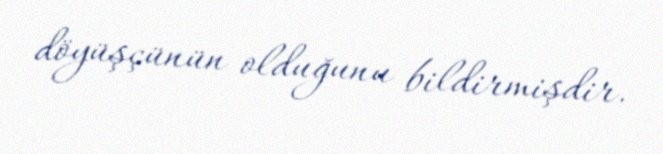
döyüşçünün olduğunu bildirmişdir.